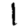
Digit: 1